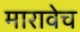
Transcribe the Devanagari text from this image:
मारावेच